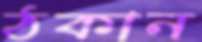
ঠকান